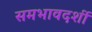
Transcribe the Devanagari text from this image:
समभावदर्शी